Source: Handwritten
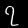
Digit: ၇ (7)